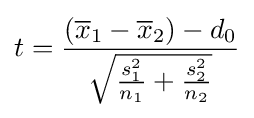
t={\frac {({\overline {x}}_{1}-{\overline {x}}_{2})-d_{0}}{\sqrt {{\frac {s_{1}^{2}}{n_{1}}}+{\frac {s_{2}^{2}}{n_{2}}}}}}